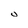
Character: U